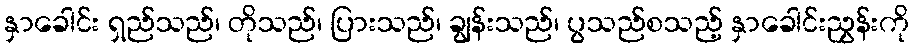
နှာခေါင်း ရှည်သည်၊ တိုသည်၊ ပြားသည်၊ ချွန်းသည်၊ ပွသည်စသည့် နှာခေါင်းညွှန်းကို